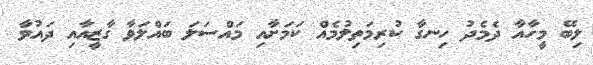
ލިބޭ މީހާއާ ދެމެދު ހިނގާ ކުރިމަތިލުމެއް ކަމަށާއި މައްސަލަ ބައްލަވާ ގާޒީއާއި ދައުވާ